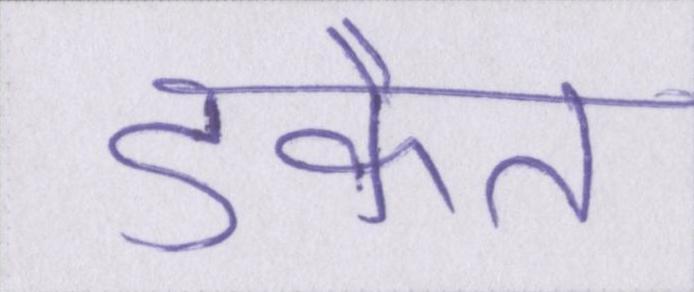
डकैत